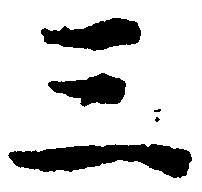
三